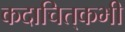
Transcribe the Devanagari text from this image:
कदाचित्‌कभी